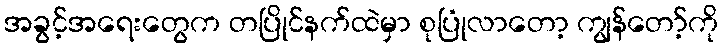
အခွင့်အရေးတွေက တပြိုင်နက်ထဲမှာ စုပြုံလာတော့ ကျွန်တော့်ကို